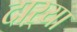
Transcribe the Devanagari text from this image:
दाऱ्या